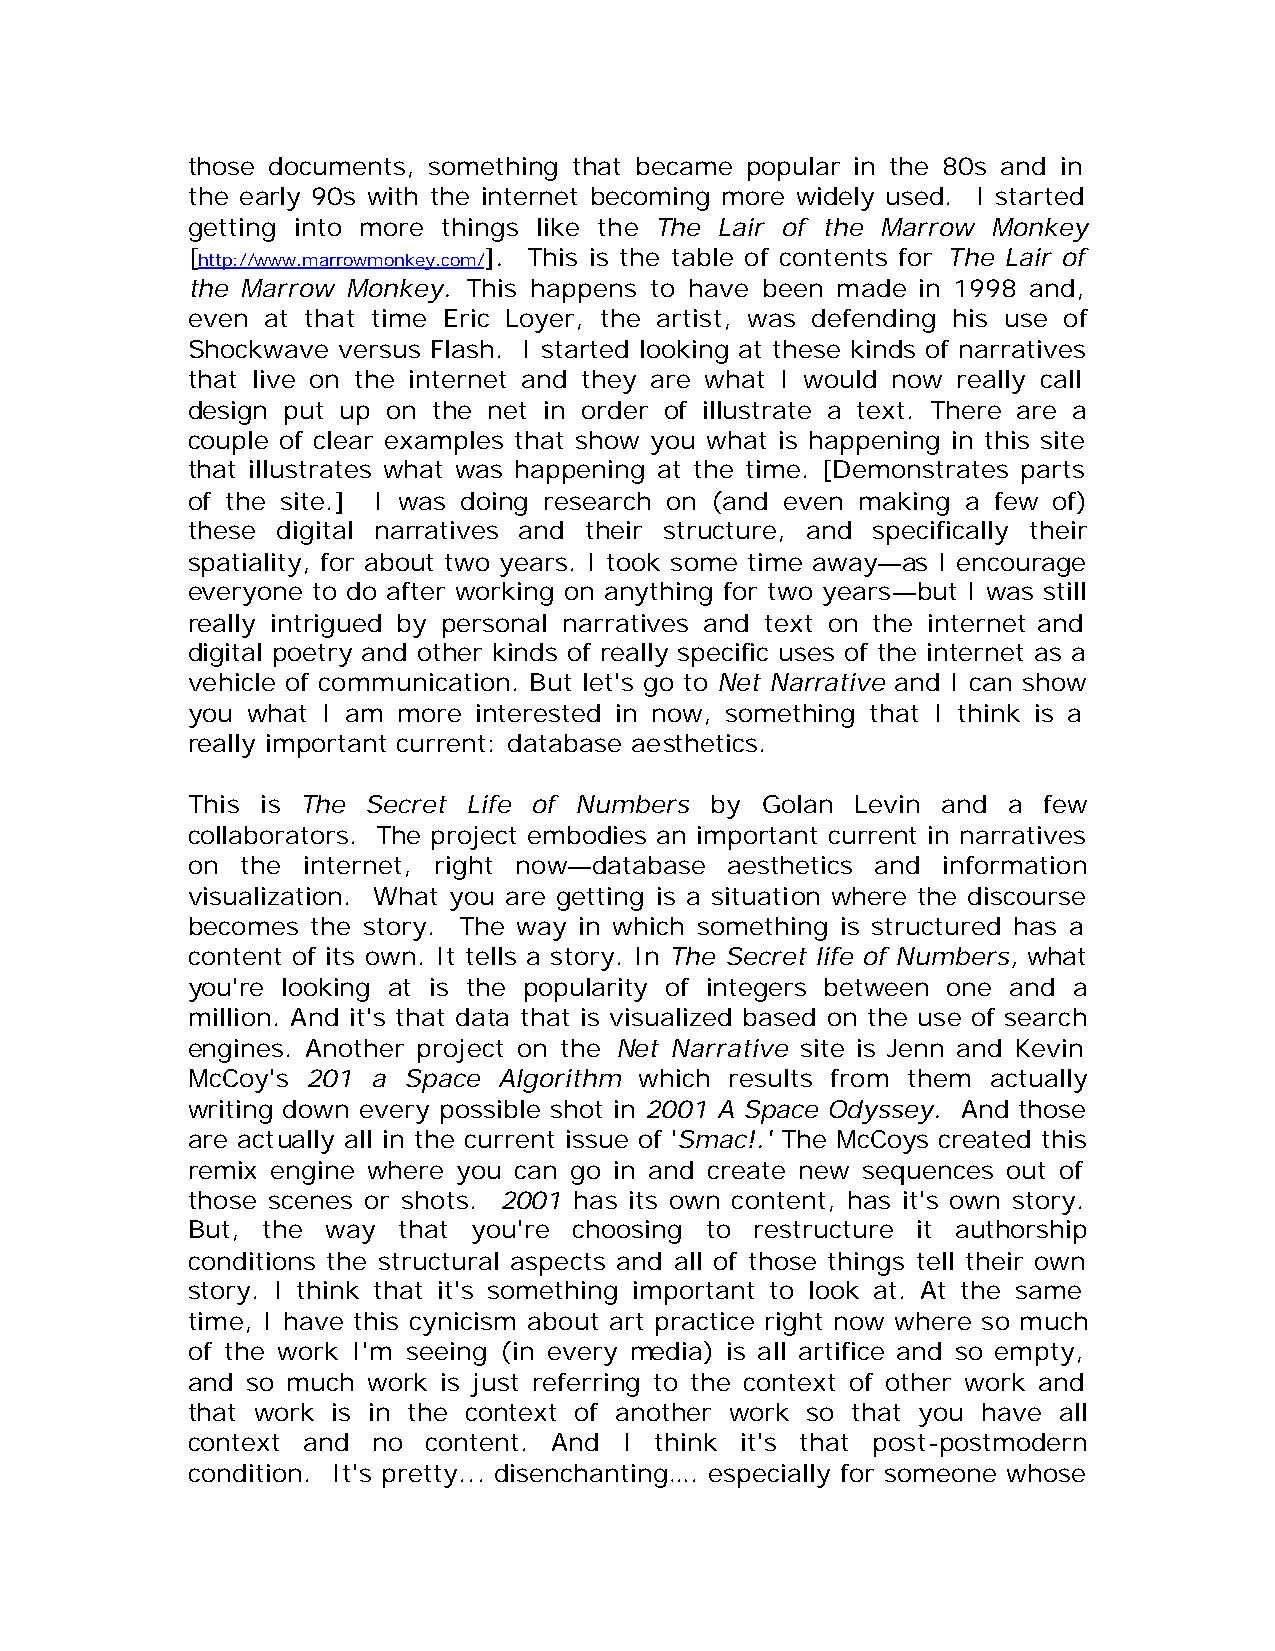
those documents, something that became popular in the 80s and in
 the early 90s with the internet becoming more widely used. I started
 getting into more things like the The Lair of the Marrow Monkey
 [http://www.marrowmonkey.com/]. This is the table of contents for The Lair of
 the Marrow Monkey. This happens to have been made in 1998 and,
 even at that time Eric Loyer, the artist, was defending his use of
 Shockwave versus Flash. I started looking at these kinds of narratives
 that live on the internet and they are what I would now really call
 design put up on the net in order of illustrate a text. There are a
 couple of clear examples that show you what is happening in this site
 that illustrates what was happening at the time. [Demonstrates parts
 of the site.] I was doing research on (and even making a few of)
 these digital narratives and their structure, and specifically their
 spatiality, for about two years. I took some time away—as I encourage
 everyone to do after working on anything for two years—but I was still
 really intrigued by personal narratives and text on the internet and
 digital poetry and other kinds of really specific uses of the internet as a
 vehicle of communication. But let's go to Net Narrative and I can show
 you what I am more interested in now, something that I think is a
 really important current: database aesthetics.
 This is The Secret Life of Numbers by Golan  Levin and a few
 collaborators. The project embodies an important current in narratives
 on  the internet, right now—database aesthetics and information
 visualization. What you are getting is a situation where the discourse
 becomes  the story. The way in which something is structured has a
 content of its own. It tells a story. In The Secret life of Numbers, what
 you're looking at is the popularity of integers between one and a
 million. And it's that data that is visualized based on the use of search
 engines. Another project on the Net Narrative site is Jenn and Kevin
 McCoy's 201  a Space Algorithm which results from them actually
 writing down every possible shot in 2001 A Space Odyssey. And those
 are actually all in the current issue of 'Smac!.' The McCoys created this
 remix engine where you can go in and create new sequences out of
 those scenes or shots. 2001 has its own content, has it's own story.
 But, the  way that you're choosing to restructure it authorship
 conditions the structural aspects and all of those things tell their own
 story. I think that it's something important to look at. At the same
 time, I have this cynicism about art practice right now where so much
 of the work I'm seeing (in every media) is all artifice and so empty,
 and so much work is just referring to the context of other work and
 that work is in the context of another work so that you have all
 context and  no content. And I think it's that post-postmodern
 condition. It's pretty... disenchanting…. especially for someone whose